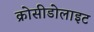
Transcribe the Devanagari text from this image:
क्रोसीडोलाइट